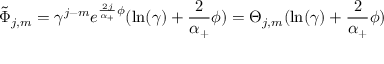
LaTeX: \tilde { \Phi } _ { j , m } = \gamma ^ { j - m } e ^ { \frac { 2 j } { \alpha _ { + } } \phi } ( \ln ( \gamma ) + \frac 2 { \alpha _ { + } } \phi ) = \Theta _ { j , m } ( \ln ( \gamma ) + \frac 2 { \alpha _ { + } } \phi )